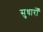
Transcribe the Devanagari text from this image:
सुधारोँ